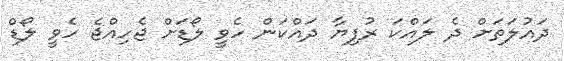
ދައުލަތަށް ދެ ލައްކަ ރުފިޔާ ދައްކަން ހެވީ ލޯޑަށް ޖެހިއްޖެ ހެވީ ލޯޑް